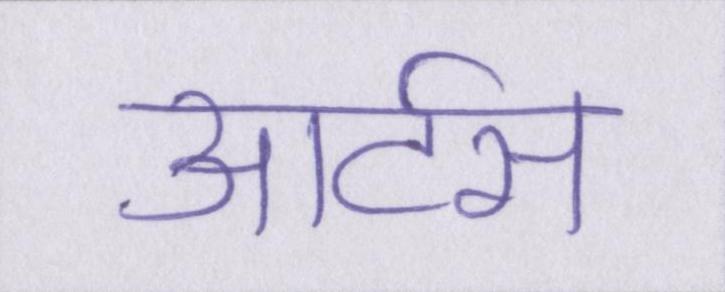
आर्टस